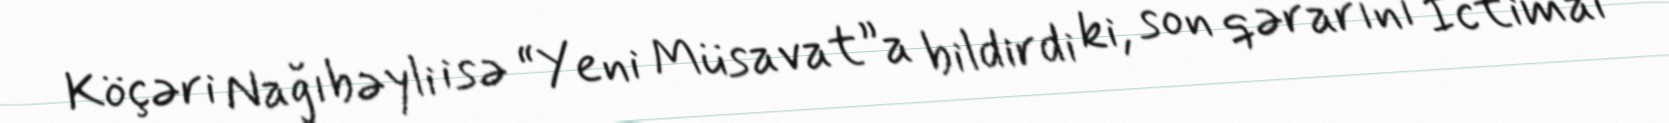
Köçəri Nağıbəyli isə “Yeni Müsavat”a bildirdi ki, son qərarını İctimai